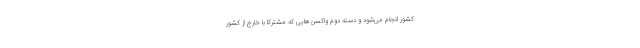
کشور انجام می‌شود و دسته دوم واکسن‌هایی که مشترکا با خارج از کشور